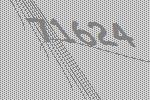
71624